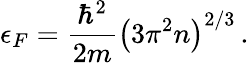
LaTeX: \epsilon_{F}={\frac{\hbar^{2}}{2m}}\left({3\pi^{2}n}\right)^{2/3}\, .